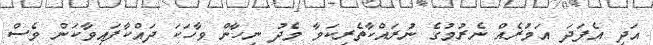
އަދި އެފަދަ އަމުރެއް ނެރުމުގެ ނުރައްކާތެރިކަމާ މެދު ނިހާން ވާހަކަ ދައްކާފައިވާކަން ވެސް